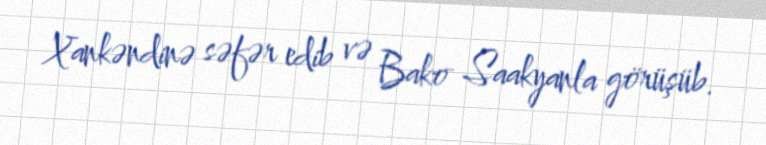
Xankəndinə səfər edib və Bako Saakyanla görüşüb.